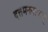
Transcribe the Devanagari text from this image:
दत्तमनन्तकम्